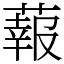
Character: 蕔